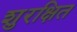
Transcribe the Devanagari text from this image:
शुरक्षित